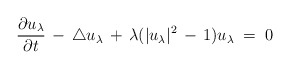
\begin{align*}\frac {\partial u_\lambda}{\partial t} & \, - \, \triangle u_\lambda \, + \, \lambda ( |u_\lambda|^2 \, - \, 1) u_\lambda \; = \; 0\end{align*}